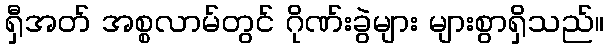
ရှီအတ် အစ္စလာမ်တွင် ဂိုဏ်းခွဲများ များစွာရှိသည်။